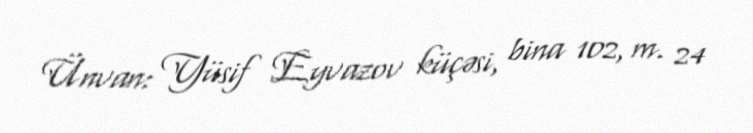
Ünvan: Yüsif Eyvazov küçəsi, bina 102, m. 24